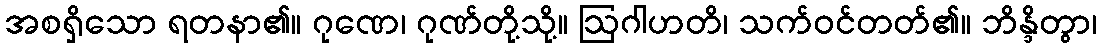
အစရှိသော ရတနာ၏။ ဂုဏေ၊ ဂုဏ်တို့သို့။ ဩဂါဟတိ၊ သက်ဝင်တတ်၏။ ဘိန္ဒိတွာ၊